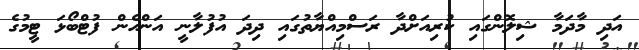
އަދި މާދަމާ ޝިލޮންގައި ކުރިއަށްދާ ރަސްމިއްޔާތުގައި ދިދަ އުފުލާނީ އަންހެން ފުޓްބޯޅަ ޓީމުގެ